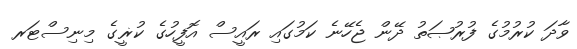
ވާދަ ކުރުމުގެ ފުރުޞަތު ދޭން ޖެހޭނެ ކަމުގައި ރައީސް އޮފީހުގެ ކުޜީގެ މިނިސްޓަރ